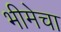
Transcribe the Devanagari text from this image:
भीमेचा